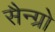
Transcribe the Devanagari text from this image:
सैन्ग्रो